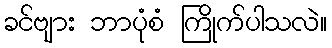
ခင်ဗျား ဘာပုံစံ ကြိုက်ပါသလဲ။